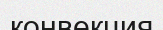
конвекция